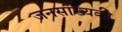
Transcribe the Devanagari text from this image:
जनसांख्यकी